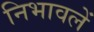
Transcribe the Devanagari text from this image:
निभावलें